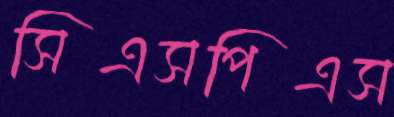
সিএসপিএস